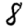
Digit: 8